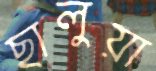
ছালুয়া